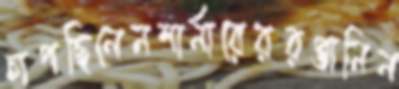
চাপছিলেনশার্নারেররপ্তানিন